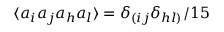
\langle a _ { i } a _ { j } a _ { h } a _ { l } \rangle = \delta _ { ( i j } \delta _ { h l ) } / 1 5